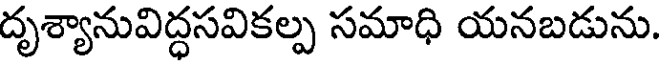
దృశ్యానువిద్ధసవికల్ప సమాధి యనబడును.